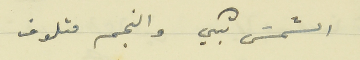
الشمسَ تبكي والنجم متلوف